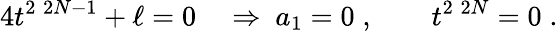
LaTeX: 4t^{2\; 2N-1}+\ell=0\quad\Rightarrow\ a_{1}=0\; ,\qquad t^{2\; 2N}=0\; .